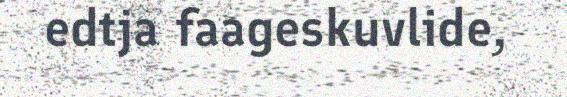
edtja faageskuvlide,